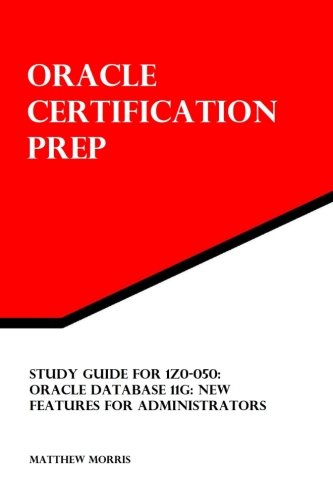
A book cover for Study Guide for 1Z0-050: Oracle Database 11g: New Features for Administrators: Oracle Certification Prep; Matthew Morris; Computers & Technology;